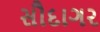
સૌદાગર